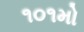
૧૦૧મો